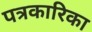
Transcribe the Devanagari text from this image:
पत्रकारिका